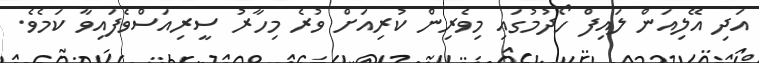
އަދި އޭލިއަން ލައިފް ހޯދުމުގައި މިވެރިން ކުރިއަށް ވުރެ މިހާރު ސީރިއަސްވެފައިވާ ކަމެވެ.